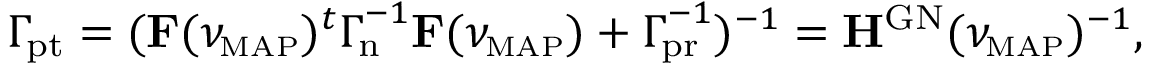
\begin{array} { r } { \ensuremath { \boldsymbol \Gamma _ { \! \mathrm { { p t } } } } = ( \mathbf F ( \ensuremath { \ensuremath { \boldsymbol \nu } _ { \! \mathrm { { \scriptscriptstyle M A P } } } } ) ^ { t } \ensuremath { \boldsymbol \Gamma _ { \! \mathrm { { n } } } } ^ { - 1 } \mathbf F ( \ensuremath { \ensuremath { \boldsymbol \nu } _ { \! \mathrm { { \scriptscriptstyle M A P } } } } ) + \ensuremath { \boldsymbol \Gamma _ { \! \mathrm { { p r } } } } ^ { - 1 } ) ^ { - 1 } = \mathbf H ^ { \mathrm { G N } } ( \ensuremath { \ensuremath { \boldsymbol \nu } _ { \! \mathrm { { \scriptscriptstyle M A P } } } } ) ^ { - 1 } , } \end{array}